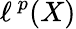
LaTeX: \ell^{\ p}(X)